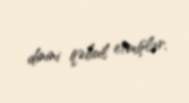
dinini qəbul etmişlər.